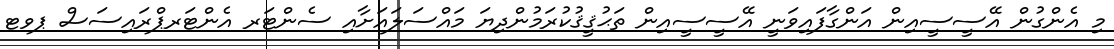
މި އެންގުން އޭސީސީއިން އަންގާފައިވަނީ އޭސީސީއިން ތަޙުޤީޤުކުރަމުންދިޔަ މައްސަލައަށާއި ސެންޓަރ އެންޓަރޕްރައިސަސް ޕވޓ